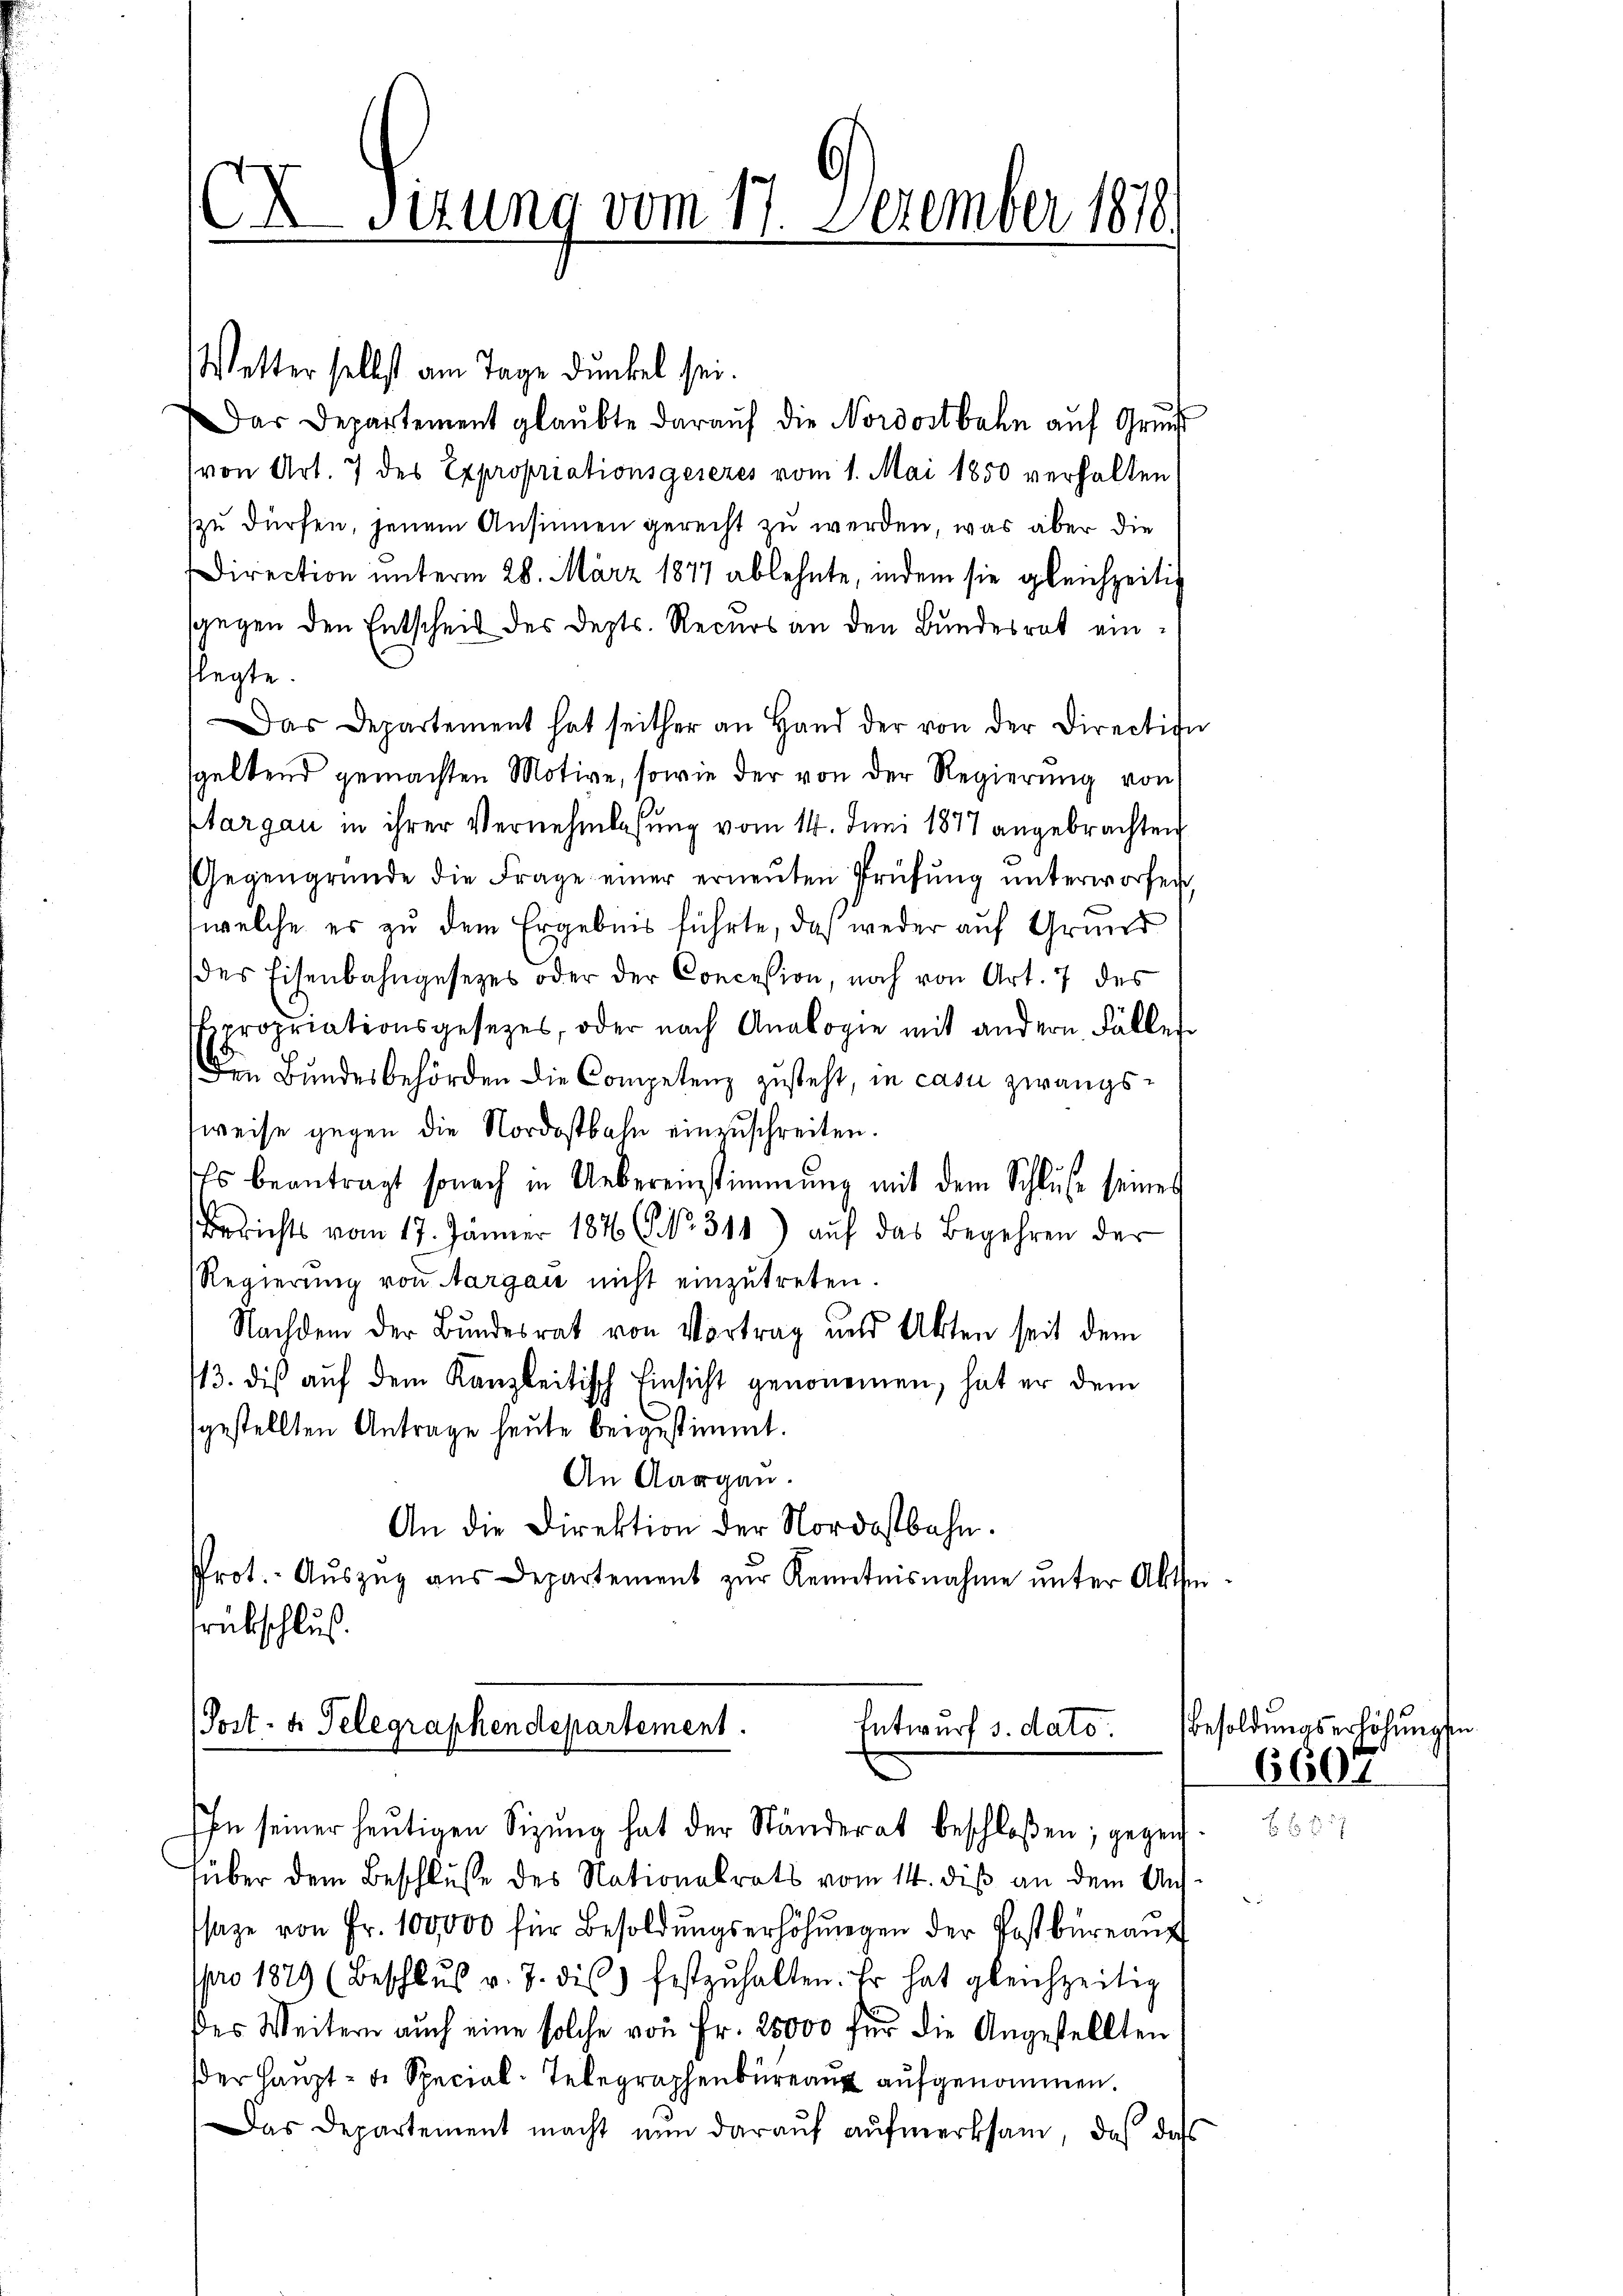
X Sizung vom 17. Dezember 1818.

Wetter selbst am Tage dunkel sei.
Das Departement glaŭbte daraŭf die Nordostbahn aŭf Grŭnd
von Art. 7 des Expropriationsgesezes vom 1. Mai 1850 verhalten
zu dürfen, jenem Ansinnen gerecht zu werden, was aber die
Direction unterm 28. März 1877 ablehnte, indem sie gleichzeitig
sgegen den Entscheit des Depts. Recurs an den Bundesrat einlegte.
Das Departement hat seither an Hand der von der Direction
geltend gemachten Motive, sowie der von der Regierung von
ptargau in ihrer Vernehmlassung vom 14. Juni 1877 angebrachten
Gegengründe die Frage einer erneŭten Prüfŭng ŭnterworfen
welche es zu dem Ergebnis führte, daß weder auf Grund
des Eisenbahngesetzes oder der Concession, noch von Art. 7 des
propriationsgesetzes, oder nach Analogie mit andern Fällen¬
Den Bundesbehörden die Competenz zusteht, in casu zwangs¬
Zweise gegen die Nordostbahn einzuschreiten.
Es beantragt sonach in Uebereinstimmung mit dem Schlŭse seines
Berichts vom 17. Jänner 184 (NNo. 314) aŭf das Begehren der
Regierung von Aargau nicht einzutreten
Nachdem der Bundesrat von Vortrag und Akten seit dem
13. dis auf dem Kanzleitisch Einsicht genommen, hat er dem
sgestellten Antrage heute beigestimmt.
An Aargau.
An die Direktion der Nordostbahn.
Prot. Aŭszŭg aŭs Departement zŭr Kenntnisnahme ŭnter Abthe
rückschluß

Post- u. Telegraphendepartement.
Entwurf s. dato
Ihn seiner heutigen Sizung hat der Ständerat beschloßen; gegen¬

über dem Beschlusse des Nationalrats vom 14. dis an dem An
saze von Fr. 100000 für Besoldŭngserhöhŭngen der Postbüreaŭf
pro 1879 (Beschlŭs v. 7. dies festzŭhalten. Er hat gleichzeitig
des Weitern auch eine solche von Fr. 25000 für die Angestellten
der Haupt- u. Special-Telegraphenbüreau aufgenommen.
Das Departement macht nun darauf aufmerksam, daß das

Besoldungserhöhung

6607